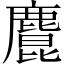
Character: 𪋆